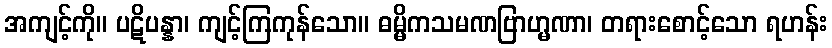
အကျင့်ကို။ ပဋိပန္နာ၊ ကျင့်ကြကုန်သော။ ဓမ္မိကသမဏဗြာဟ္မဏာ၊ တရားစောင့်သော ရဟန်း